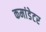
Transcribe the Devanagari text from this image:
कमांडेटर